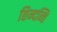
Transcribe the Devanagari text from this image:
छिन्दन्ति